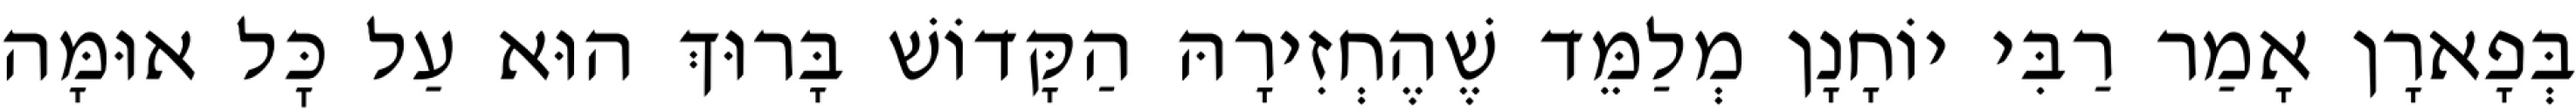
בְּפָארָן אָמַר רַבִּי יוֹחָנָן מְלַמֵּד שֶׁהֶחְזִירָהּ הַקָּדוֹשׁ בָּרוּךְ הוּא עַל כׇּל אוּמָּה